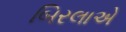
બિરલાએ